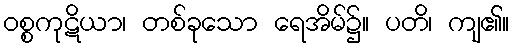
ဝစ္စကုဋိယာ၊ တစ်ခုသော ရေအိမ်၌။ ပတိ၊ ကျ၏။